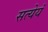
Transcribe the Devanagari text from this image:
सत्येयं